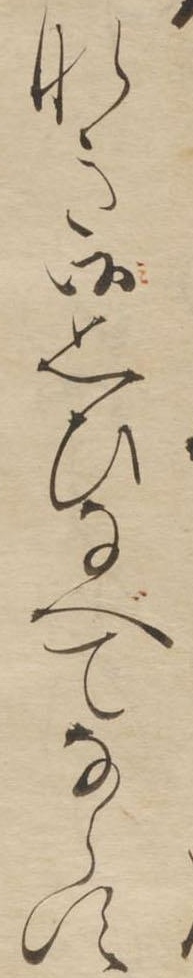
なき御思ひなべてならす